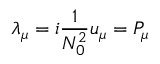
\lambda _ { \mu } = i \frac { 1 } { N _ { 0 } ^ { 2 } } u _ { \mu } = P _ { \mu }